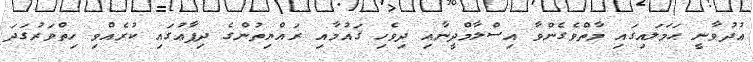
ޢުދުވާނީ ޙަމަލައިގައި މާތްވެގެންވާ އިސްލާމްދީނާއި ދިވެހި ޤައުމާއި ރައްޔިތުންގެ ދިފާޢުގައި ކުރެއްވި ހިތްވަރުގަދަ